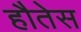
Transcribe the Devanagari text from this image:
हौतेस